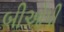
બીઓપી